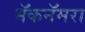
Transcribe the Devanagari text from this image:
मॅकनॅमरा